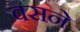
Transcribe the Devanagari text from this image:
वसने